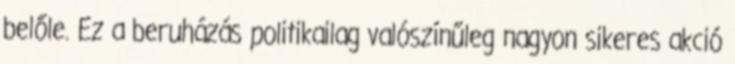
belőle. Ez a beruházás politikailag valószínűleg nagyon sikeres akció